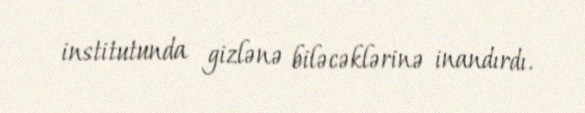
institutunda gizlənə biləcəklərinə inandırdı.